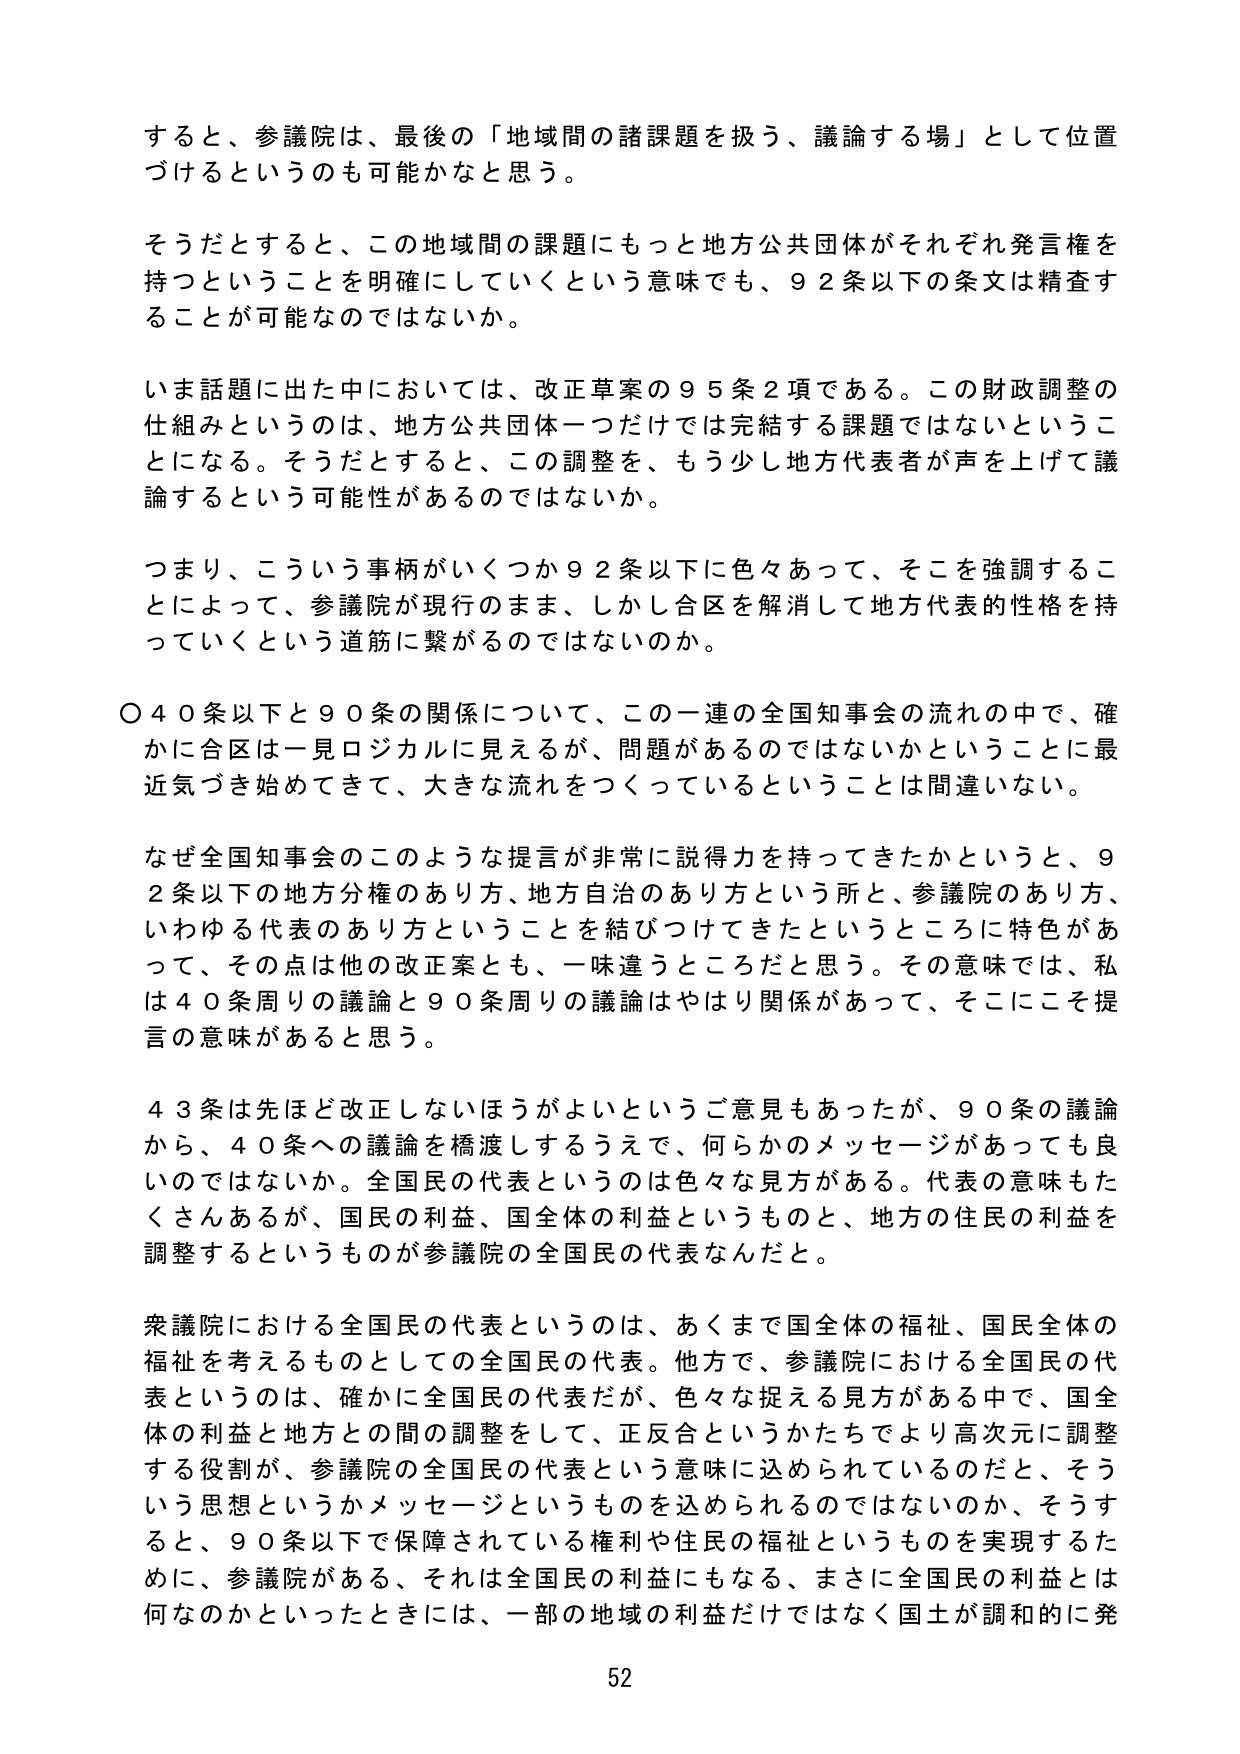
すると、参議院は、最後の「地域間の諸課題を扱う、議論する場」として位置づけるというのも可能かなと思う。

そうだとするとき、この地域間の課題にもっと地方公共団体がそれぞれ発言権を持つということを明確にしていくという意味でも、92条以下の条文は精査することが可能なのではないか。

いま話題に出た中においては、改正草案の95条2項である。この財政調整の仕組みというのは、地方公共団体一つだけでは完結する課題ではないということになる。そうだとするとき、この調整を、もう少し地方代表者が声を上げて議論するという可能性があるのではないか。

つまり、こういう事柄がいくつか92条以下に色々あって、そこを強調することによって、参議院が現行のまま、しかし合区を解消して地方代表的性格を持っていくという道筋に繋がるのではないのか。

〇40条以下と90条の関係について、この一連の全国知事会の流れの中で、確かに合区は一見ロジカルに見えるが、問題があるのではないかということに最近気づき始めてきて、大きな流れをつくっているということは間違いない。

なぜ全国知事会のこのような提言が非常に説得力を持ってきたかというと、92条以下の地方分権のあり方、地方自治のあり方という所と、参議院のあり方、いわゆる代表のあり方ということを結びつけてきたというところに特色があって、その点は他の改正案とも、一味違うところだと思う。その意味では、私は40条周りの議論と90条周りの議論はやはり関係があって、そこにこそ提言の意味があると思う。

43条は先ほど改正しないほうがよいというご意見もあったが、90条の議論から、40条への議論を橋渡しするうえで、何らかのメッセージがあっても良いのではないか。全国民の代表というのは色々な見方がある。代表の意味もたくさんあるが、国民の利益、国全体の利益というものと、地方の住民の利益を調整するというものが参議院の全国民の代表なんだ。

衆議院における全国民の代表というのは、あくまで国全体の福祉、国民全体の福祉を考えるものとしての全国民の代表。他方で、参議院における全国民の代表というのは、確かに全国民の代表だが、色々な捉える見方がある中で、国全体の利益と地方との間の調整をして、正反合というかたちでより高次元に調整する役割が、参議院の全国民の代表という意味に込められているのだと、そういう思想というかメッセージというものを込められるのではないのか、そうすると、90条以下で保障されている権利や住民の福祉というものを実現するために、参議院がある、それは全国民の利益にもなる、まさに全国民の利益とは何なのかといったときには、一部の地域の利益だけではなく国土が調和的に発

52